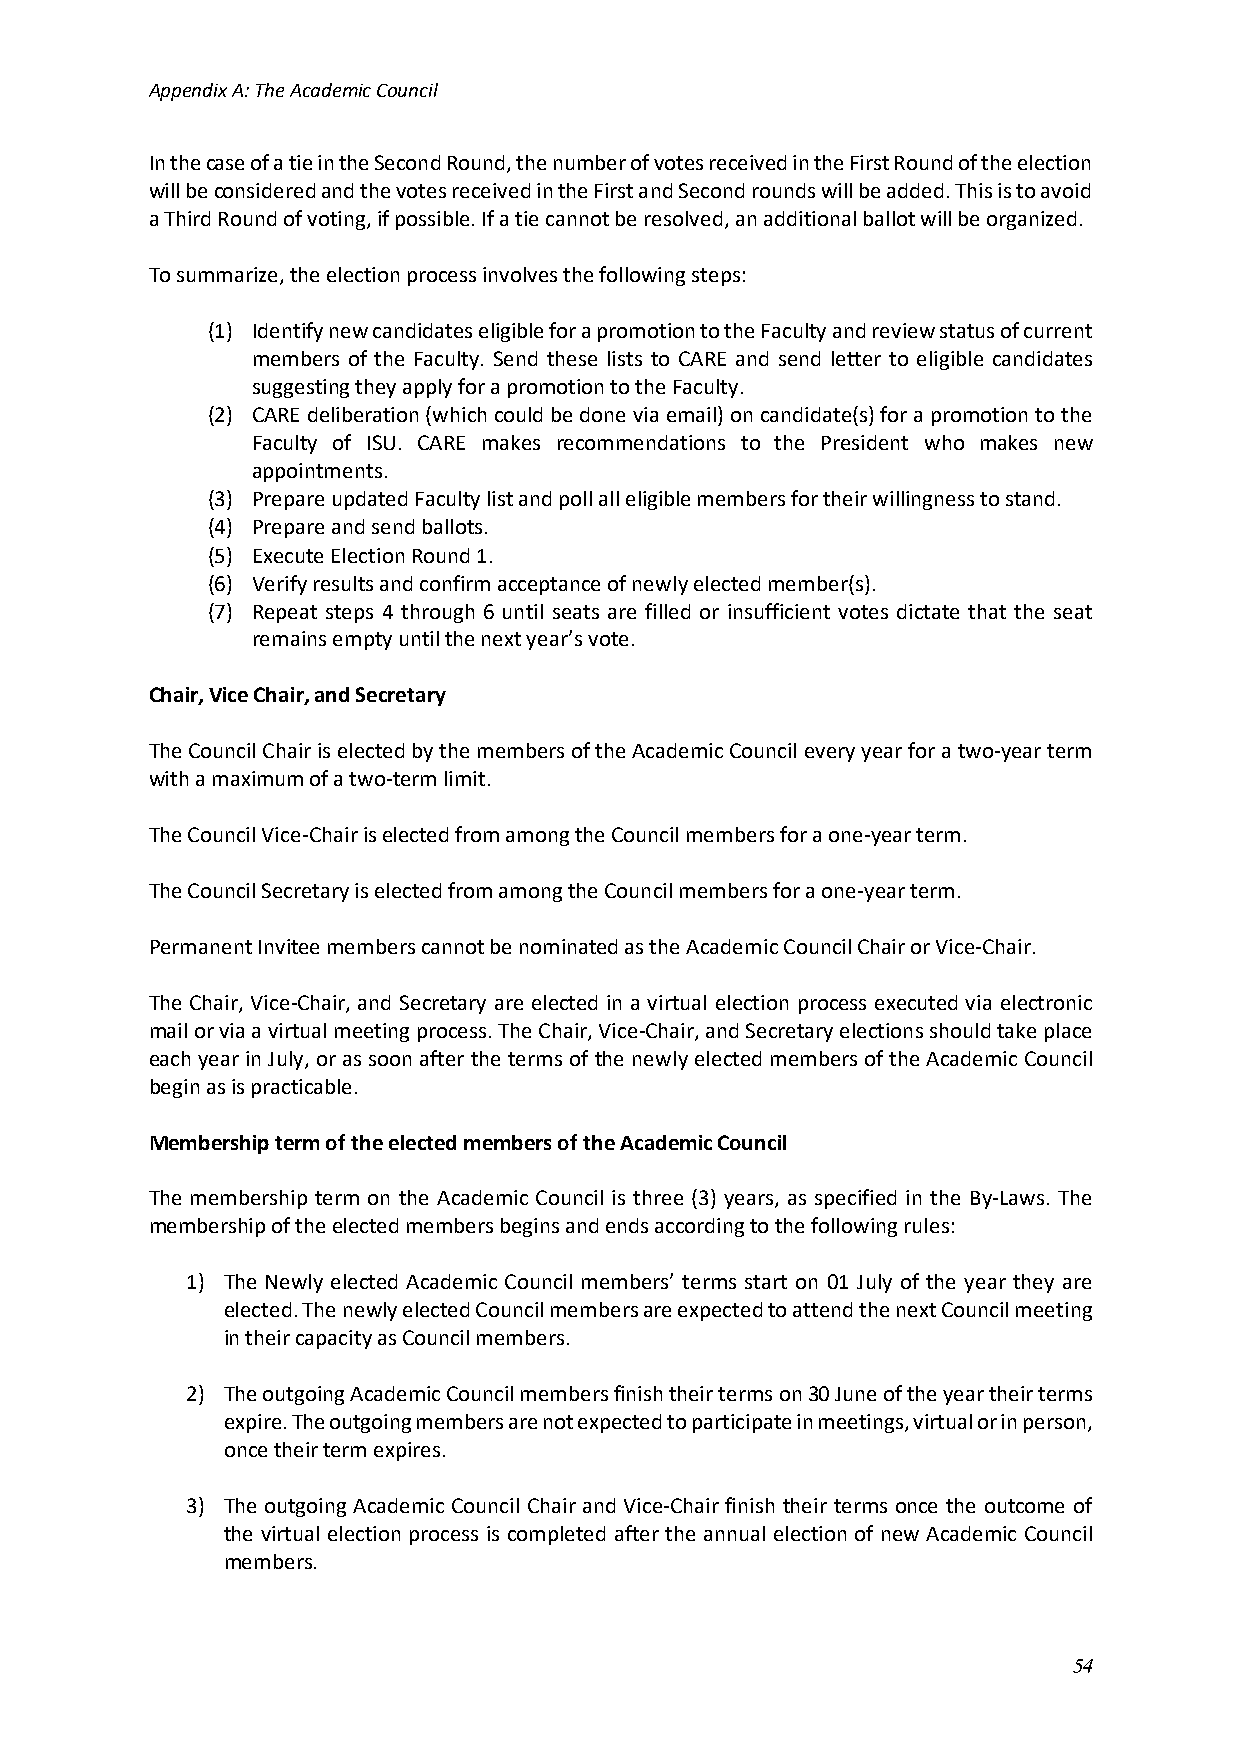
Appendix A: The Academic Council
 In the case of a tie in the Second Round, the number of votes received in the First Round of the election
 will be considered and the votes received in the First and Second rounds will be added. This is to avoid
 a Third Round of voting, if possible. If a tie cannot be resolved, an additional ballot will be organized.
 To summarize, the election process involves the following steps:
 (1) Identify new candidates eligible for a promotion to the Faculty and review status of current
 members of the Faculty. Send these lists to CARE and send letter to eligible candidates
 suggesting they apply for a promotion to the Faculty.
 (2) CARE deliberation (which could be done via email) on candidate(s) for a promotion to the
 Faculty of ISU. CARE makes recommendations to the President who makes new
 appointments.
 (3) Prepare updated Faculty list and poll all eligible members for their willingness to stand.
 (4) Prepare and send ballots.
 (5) Execute Election Round 1.
 (6) Verify results and confirm acceptance of newly elected member(s).
 (7) Repeat steps 4 through 6 until seats are filled or insufficient votes dictate that the seat
 remains empty until the next year’s vote.
 Chair, Vice Chair, and Secretary
 The Council Chair is elected by the members of the Academic Council every year for a two-year term
 with a maximum of a two-term limit.
 The Council Vice-Chair is elected from among the Council members for a one-year term.
 The Council Secretary is elected from among the Council members for a one-year term.
 Permanent Invitee members cannot be nominated as the Academic Council Chair or Vice-Chair.
 The Chair, Vice-Chair, and Secretary are elected in a virtual election process executed via electronic
 mail or via a virtual meeting process. The Chair, Vice-Chair, and Secretary elections should take place
 each year in July, or as soon after the terms of the newly elected members of the Academic Council
 begin as is practicable.
 Membership term of the elected members of the Academic Council
 The membership term on the Academic Council is three (3) years, as specified in the By-Laws. The
 membership of the elected members begins and ends according to the following rules:
 1) The Newly elected Academic Council members’ terms start on 01 July of the year they are
 elected. The newly elected Council members are expected to attend the next Council meeting
 in their capacity as Council members.
 2) The outgoing Academic Council members finish their terms on 30 June of the year their terms
 expire. The outgoing members are not expected to participate in meetings, virtual or in person,
 once their term expires.
 3) The outgoing Academic Council Chair and Vice-Chair finish their terms once the outcome of
 the virtual election process is completed after the annual election of new Academic Council
 members.
 54